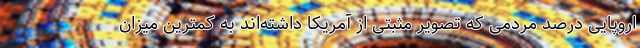
اروپایی درصد مردمی که تصویر مثبتی از آمریکا داشته‌اند به کمترین میزان